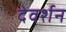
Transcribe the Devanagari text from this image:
देवर्शन